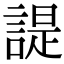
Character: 諟